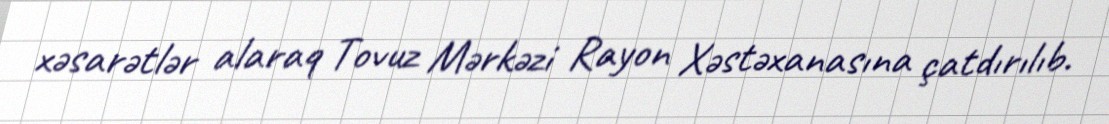
xəsarətlər alaraq Tovuz Mərkəzi Rayon Xəstəxanasına çatdırılıb.